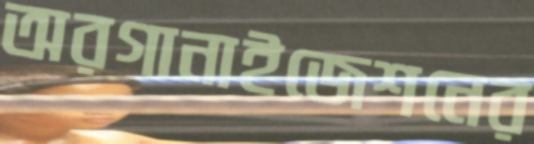
অরগানাইজেশনের